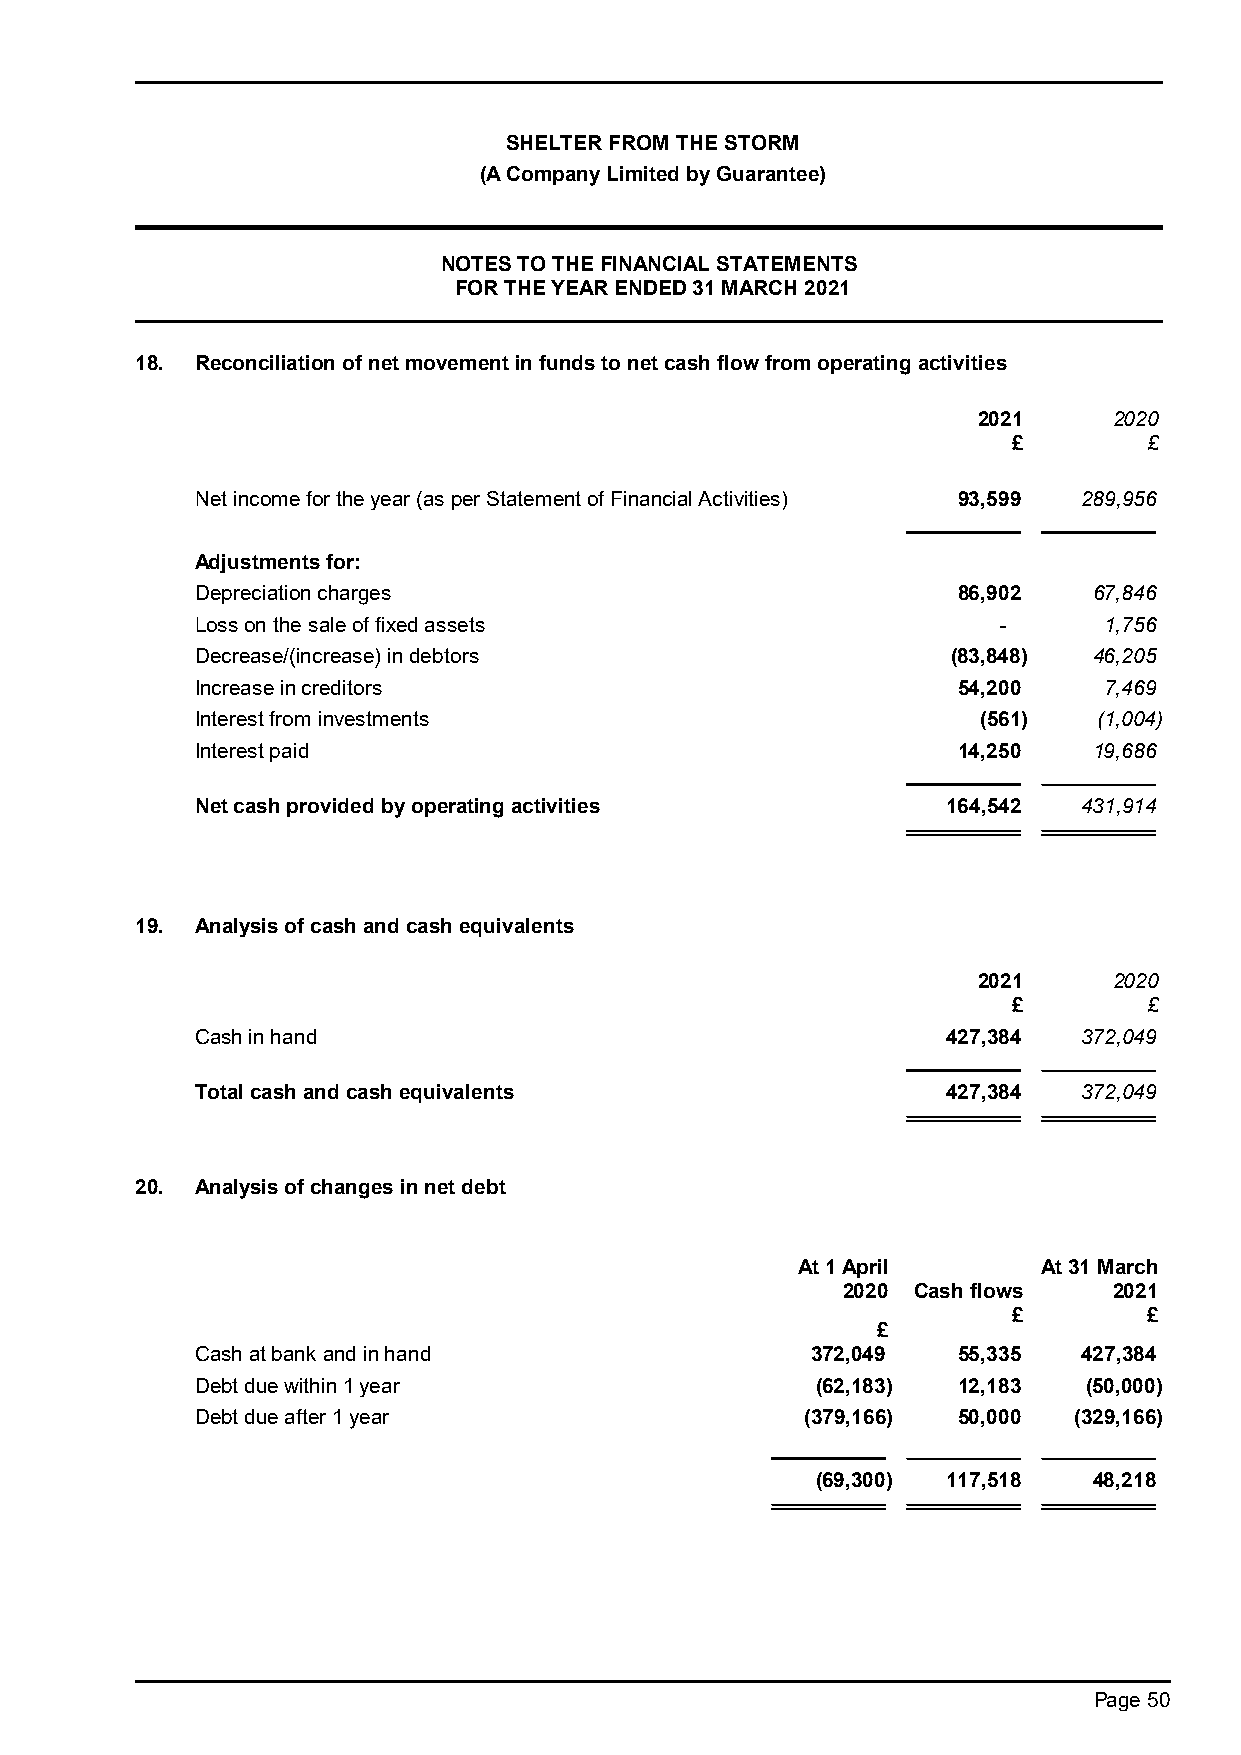
SHELTER FROM THE STORM
 (A Company Limited by Guarantee)
 NOTES TO THE FINANCIAL STATEMENTS
 FOR THE YEAR ENDED 31 MARCH 2021
 18. Reconciliation of net movement in funds to net cash flow from operating activities
 2021     2020
 £        £
 Net income for the year (as per Statement of Financial Activities) 93,599 289,956
 Adjustments for:
 Depreciation charges                              86,902   67,846
 Loss on the sale of fixed assets                     -      1,756
 Decrease/(increase) in debtors                    (83,848) 46,205
 Increase in creditors                             54,200    7,469
 Interest from investments                           (561)   (1,004)
 Interest paid                                     14,250   19,686
 Net cash provided by operating activities         164,542  431,914
 19. Analysis of cash and cash equivalents
 2021     2020
 £        £
 Cash in hand                                      427,384  372,049
 Total cash and cash equivalents                   427,384  372,049
 20. Analysis of changes in net debt
 At 1 April      At 31 March
 2020 Cash flows   2021
 £        £
 £
 Cash at bank and in hand                 372,049  55,335   427,384
 Debt due within 1 year                   (62,183) 12,183   (50,000)
 Debt due after 1 year                   (379,166) 50,000  (329,166)
 (69,300) 117,518  48,218
 Page 50